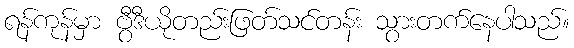
ရန်ကုန်မှာ ဗွီဒီယိုတည်းဖြတ်သင်တန်း သွားတက်နေပါသည်။